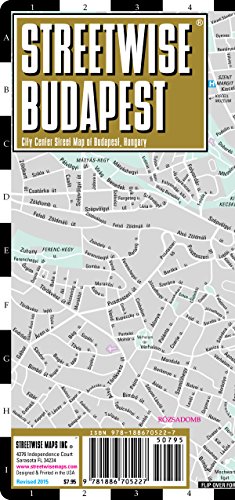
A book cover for Streetwise Budapest Map - Laminated City Center Street Map of Budapest, Hungary - Folding pocket size travel map with metro map; Streetwise Maps; Reference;